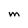
Character: M